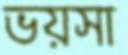
ভয়সা